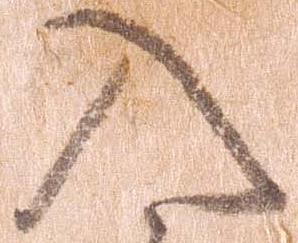
入